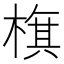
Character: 𣗍